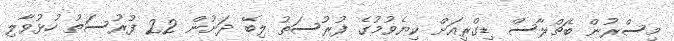
މިސްރުން ބެޗްލާސް ޑިގްރީއަށް ކިޔެވުމުގެ ފުރުސަތު ލިބޭ ދަށުން 22 ފުރުސަތު ހުޅުވާލި